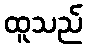
ထူသည်